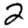
Digit: 2